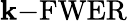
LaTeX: \mathbf{k}{\mathrm{{-FWER}}}